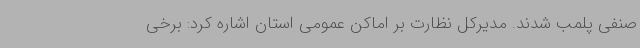
صنفی پلمب شدند. مدیرکل نظارت بر اماکن عمومی استان اشاره کرد: برخی